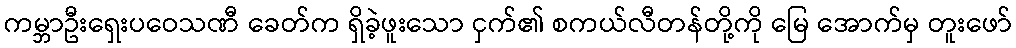
ကမ္ဘာဦးရှေးပဝေသဏီ ခေတ်က ရှိခဲ့ဖူးသော ငှက်၏ စကယ်လီတန်တို့ကို မြေ အောက်မှ တူးဖော်